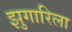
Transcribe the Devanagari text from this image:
झुगारिला